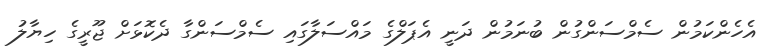
އެހެންކަމުން ސެމްސަންގުން ބުނަމުން ދަނީ އެޕަލްގެ މައްސަލާގައި ސެމްސަންގާ ދެކޮޅަށް ޖޫރީގެ ހިޔާލު